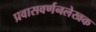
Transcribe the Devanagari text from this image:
प्रवासवर्णनलेखक